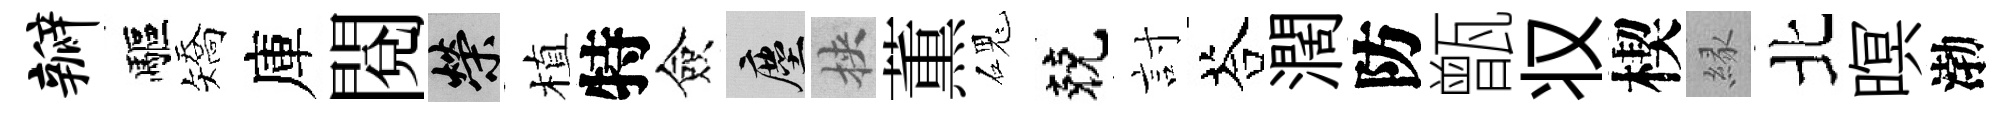
瓣驅矯庫閲榮植特僉塵挾薫磈兢討荅濶防甑𠬧楔縁北暝渤